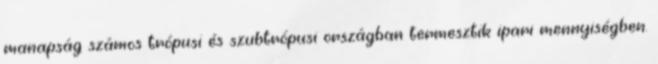
manapság számos trópusi és szubtrópusi országban termesztik ipari mennyiségben.